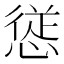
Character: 𭞁